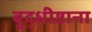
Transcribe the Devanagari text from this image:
बुद्धीष्टाना